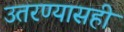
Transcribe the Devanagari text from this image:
उतरण्यासही